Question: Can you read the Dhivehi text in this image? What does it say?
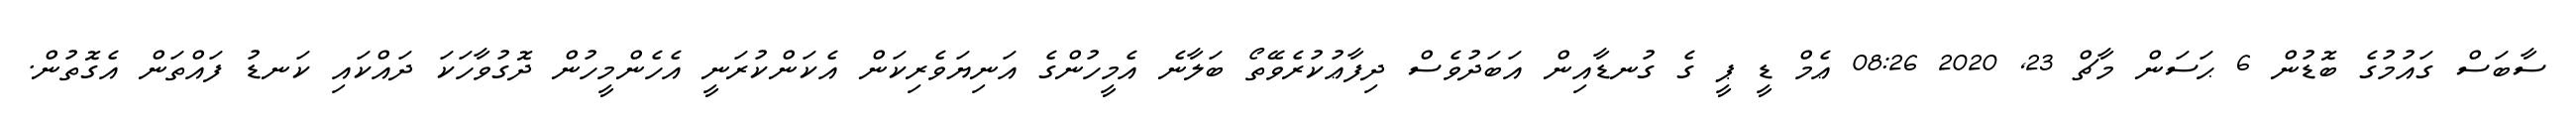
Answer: ސާބަސް ގައުމުގެ ބޮޑުން 6 ޙަސަން މާޗް 23, 2020 08:26 ޢެމް ޑީ ޕީ ގެ ގުނޑާއިން އަބަދުވެސް ދިފާޢުކުރެވޭތޯ ބަލާނެ އެމީހުންގެ އަނިޔަވެރިކަން އެކަންކުރަނީ އެހެންމީހުން ދޮގުވާހަކަ ދައްކައި ކަނޑު ފައްތަން އެގޮތުން.